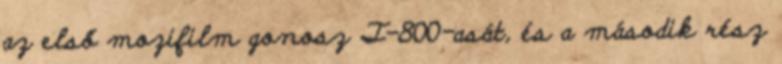
az első mozifilm gonosz T-800-asát, és a második rész